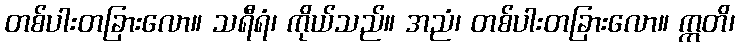
တစ်ပါးတခြားလော။ သရီရံ၊ ကိုယ်သည်။ အညံ၊ တစ်ပါးတခြားလော။ ဣတိ၊